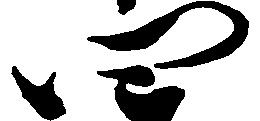
四